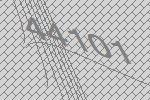
44101